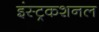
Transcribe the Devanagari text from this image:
इंस्ट्रकशनल